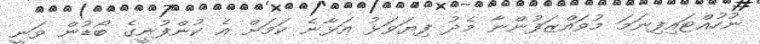
ނުހުއްޓައިފިނަމަ މުވައްޒަފުންނާ މެދު ފިޔަވަޅު އަޅާނެ ކަމަށް އެ ކުންފުނީގެ ބޯޑުން ވަނީ